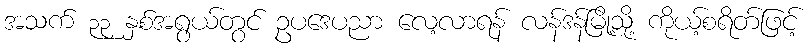
အသက် ၃၃ နှစ်အရွယ်တွင် ဥပဒေပညာ လေ့လာရန် လန်ဒန်မြို့သို့ ကိုယ့်စရိတ်ဖြင့်